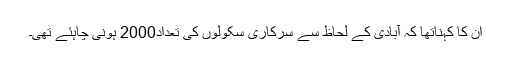
ان کا کہناتھا کہ آبادی کے لحاظ سے سرکاری سکولوں کی تعداد2000 ہونی چاہئے تھی۔